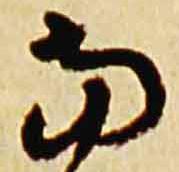
当